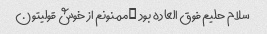
سلام حلیم فوق العاده بود …ممنونم از خوش قولیتون